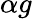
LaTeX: \alpha g